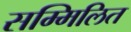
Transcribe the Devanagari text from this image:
सम्मिलित